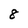
Character: 8